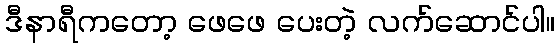
ဒီနာရီကတော့ ဖေဖေ ပေးတဲ့ လက်ဆောင်ပါ။